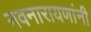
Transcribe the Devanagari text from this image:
नवनारायणांनी